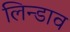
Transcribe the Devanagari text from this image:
लिन्डाव